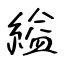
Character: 縊